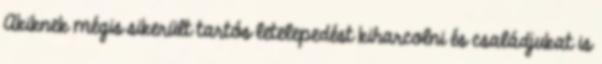
Akiknek mégis sikerült tartós letelepedést kiharcolni és családjukat is